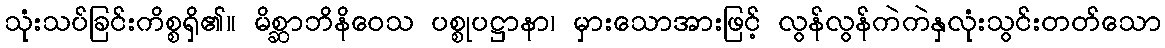
သုံးသပ်ခြင်းကိစ္စရှိ၏။ မိစ္ဆာဘိနိဝေသ ပစ္စုပဋ္ဌာနာ၊ မှားသောအားဖြင့် လွန်လွန်ကဲကဲနှလုံးသွင်းတတ်သော